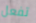
تفعل